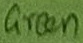
Text: Green